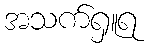
အသက်ရှူရ